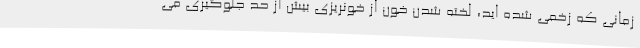
زمانی که زخمی شده اید، لخته شدن خون از خونریزی بیش از حد جلوگیری می